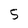
Character: 5